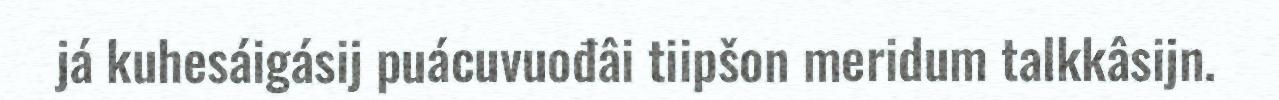
já kuhesáigásij puácuvuođâi tiipšon meridum talkkâsijn.